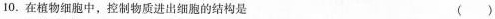
10.在植物细胞中，控制物质进出细胞的结构是 （）